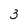
Character: 3